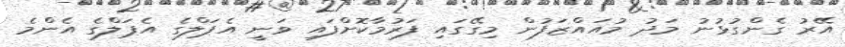
އޭރު ގެންގުޅުނު މަދު މުއައްޒަފުން މިގޭގައި ފަރުމާކޮށްފައި ވަނީ އެޕަލްގެ އެޕަލްގެ އެންމެ